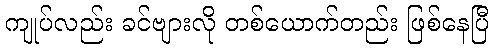
ကျုပ်လည်း ခင်ဗျားလို တစ်ယောက်တည်း ဖြစ်နေပြီ